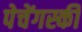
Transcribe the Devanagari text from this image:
पेचेंगस्की